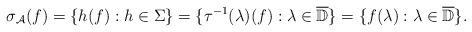
LaTeX: \begin{align*}\sigma_{\mathcal A}(f) = \{h(f): h\in\Sigma\}= \{\tau^{-1}(\lambda)(f): \lambda\in\overline{\mathbb D}\}= \{f(\lambda) :\lambda\in\overline{\mathbb D}\}.\end{align*}